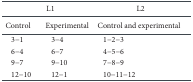
<table><thead><tr><td></td><td><b>L1</b></td><td><b>L2</b></td></tr></thead><tbody><tr><td>Control</td><td>Experimental</td><td>Control and experimental</td></tr><tr><td>3-1</td><td>3-4</td><td>1-2-3</td></tr><tr><td>6-4</td><td>6-7</td><td>4-5-6</td></tr><tr><td>9-7</td><td>9-10</td><td>7-8-9</td></tr><tr><td>12-10</td><td>12-1</td><td>10-11-12</td></tr></tbody></table>